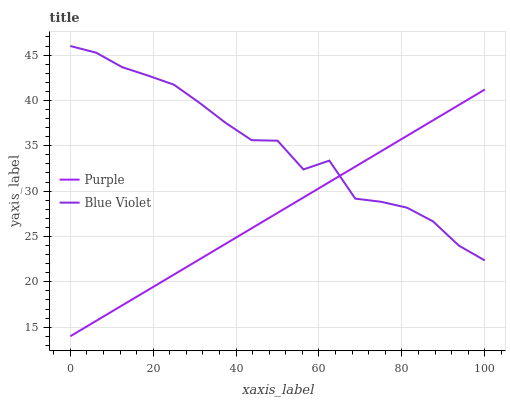
| xaxis_label | Purple | Blue Violet |
 | --- | --- | --- |
 | 0 | 14 | 46 |
 | 6.25 | 15.7 | 45.3 |
 | 12.5 | 17.4 | 43.7 |
 | 18.8 | 19.1 | 42.7 |
 | 25 | 20.8 | 41.7 |
 | 31.2 | 22.5 | 39.7 |
 | 37.5 | 24.2 | 37.5 |
 | 43.8 | 25.9 | 35.6 |
 | 50 | 27.6 | 35.6 |
 | 56.2 | 29.3 | 32.4 |
 | 62.5 | 31 | 33.4 |
 | 68.8 | 32.7 | 29.2 |
 | 75 | 34.4 | 28.8 |
 | 81.2 | 36.1 | 28.2 |
 | 87.5 | 37.8 | 26.7 |
 | 93.8 | 39.5 | 24 |
 | 100 | 41.2 | 22.4 |